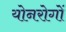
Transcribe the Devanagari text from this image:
योनरोगों